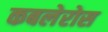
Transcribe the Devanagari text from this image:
कबलेरोस